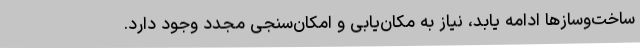
ساخت‌وسازها ادامه یابد، نیاز به مکان‌یابی و امکان‌سنجی مجدد وجود دارد.